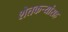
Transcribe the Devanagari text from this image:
शेतकर्‍यांसह